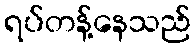
ရပ်တန့်နေသည်